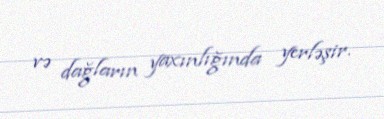
və dağların yaxınlığında yerləşir.